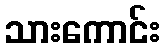
သားကောင်း